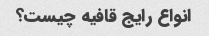
انواع رایج قافیه چیست؟